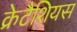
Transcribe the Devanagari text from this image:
क्रेटैशियस